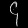
Digit: ၄